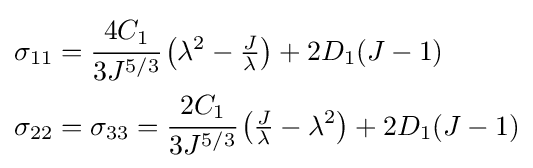
{\begin{aligned}\sigma _{11}&={\cfrac {4C_{1}}{3J^{5/3}}}\left(\lambda ^{2}-{\tfrac {J}{\lambda }}\right)+2D_{1}(J-1)\\\sigma _{22}&=\sigma _{33}={\cfrac {2C_{1}}{3J^{5/3}}}\left({\tfrac {J}{\lambda }}-\lambda ^{2}\right)+2D_{1}(J-1)\end{aligned}}